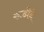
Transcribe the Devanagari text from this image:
रूढीने